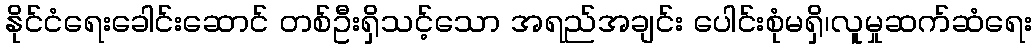
နိုင်ငံရေးခေါင်းဆောင် တစ်ဦးရှိသင့်သော အရည်အချင်း ပေါင်းစုံမရှိ၊လူမှုဆက်ဆံရေး